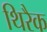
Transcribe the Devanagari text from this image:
थिरैक